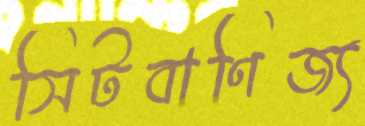
সিটবাণিজ্য